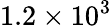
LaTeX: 1.2\times 10^{3}